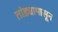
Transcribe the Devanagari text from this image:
तांड्यापासून